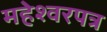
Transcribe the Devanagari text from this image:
महेश्वरपत्र